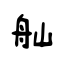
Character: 舢